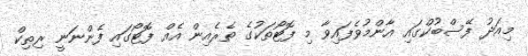
މިއަދު ފޭސްބުކްގައި އާންމުވެފައިވާ މި ފޮޓޯތަކުގެ ތެރެއިން އެއް ފޮޓޯގައި ފެންނަނީ ރިތިކް